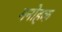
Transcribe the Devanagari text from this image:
मनोहक